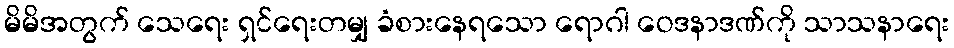
မိမိအတွက် သေရေး ရှင်ရေးတမျှ ခံစားနေရသော ရောဂါ ဝေဒနာဒဏ်ကို သာသနာရေး